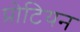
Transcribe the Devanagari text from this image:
प्रोटियन